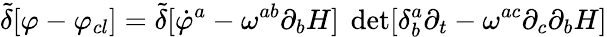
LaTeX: {\tilde{\delta}}[\varphi-\varphi_{cl}]={\tilde{\delta}}[{\dot{\varphi}^{a}-\omega^{ab}\partial_{b}H]~\operatorname*{det}[\delta_{b}^{a}\partial_{t}-\omega^{ac}\partial_{c}\partial_{b}H}]